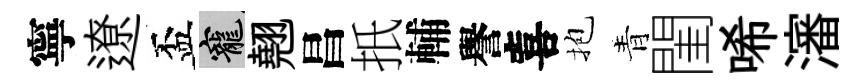
寧遼盃寵翹昌扺輔譽喜抱青閨唏瀋